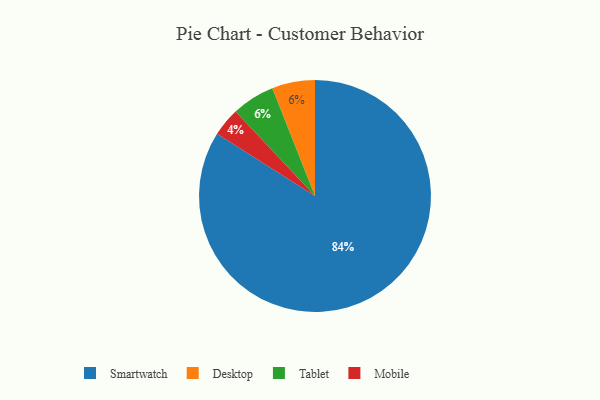
{"axis": {"x": "Category", "y": "Percentage"}, "legend": ["Desktop", "Mobile", "Smartwatch", "Tablet"], "data": [{"x": "Mobile", "y": 4, "type": "Mobile"}, {"x": "Smartwatch", "y": 84, "type": "Smartwatch"}, {"x": "Desktop", "y": 6, "type": "Desktop"}, {"x": "Tablet", "y": 6, "type": "Tablet"}]}